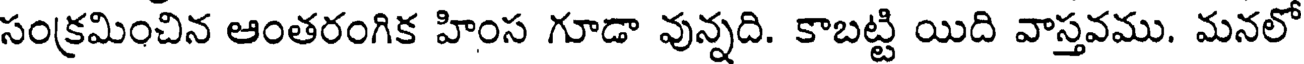
సంక్రమించిన ఆంతరంగిక హింస గూడా వున్నది. కాబట్టి యిది వాస్తవము. మనలో